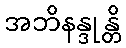
အဘိနန္ဒုန္တိ